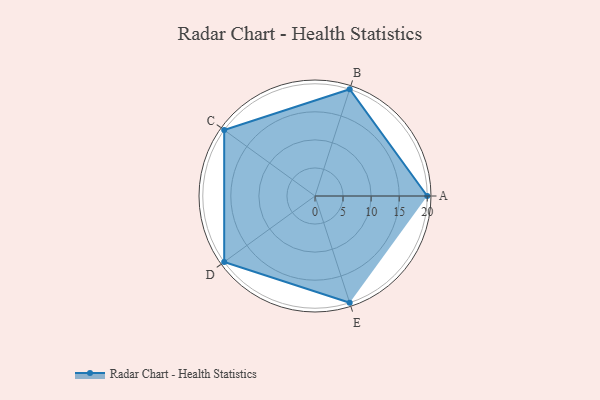
{"axis": {"x": "Skill", "y": "Score"}, "legend": ["Profile"], "data": [{"x": "A", "y": 20, "type": "Profile"}, {"x": "B", "y": 20, "type": "Profile"}, {"x": "C", "y": 20, "type": "Profile"}, {"x": "D", "y": 20, "type": "Profile"}, {"x": "E", "y": 20, "type": "Profile"}]}